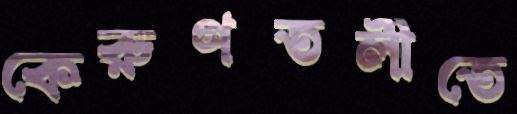
কেরুণতলীতে